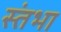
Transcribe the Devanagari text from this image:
स्तंभा